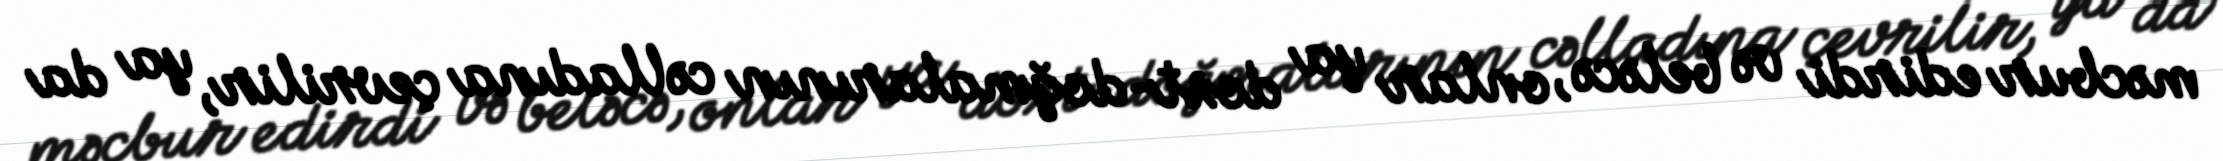
məcbur edirdi və beləcə, onlar ya dost-doğmalarının cəlladına çevrilir, ya da